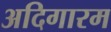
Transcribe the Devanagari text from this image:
अदिगारम